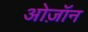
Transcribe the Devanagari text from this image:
ओज़ॉन